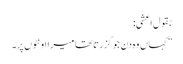
بقول اعشی:
”کہاں وہ دن جو گزرتا تھا میرا اونٹوں پر۔